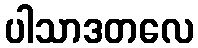
ပါသာဒတလေ